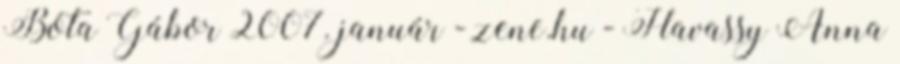
Bóta Gábor 2007. január - zene.hu - Havassy Anna